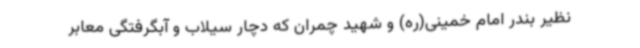
نظیر بندر امام خمینی(ره) و شهید چمران که دچار سیلاب و آبگرفتگی معابر